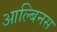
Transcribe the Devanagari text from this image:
आल्बिनस